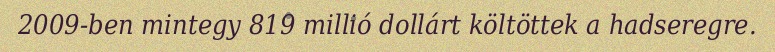
2009-ben mintegy 819 millió dollárt költöttek a hadseregre.